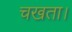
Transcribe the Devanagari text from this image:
चखता।